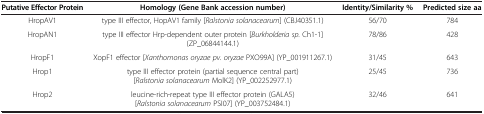
<table><thead><tr><td><b>Putative Effector Protein</b></td><td><b>Homology (Gene Bank accession number)</b></td><td><b>Identity/Similarity %</b></td><td><b>Predicted size aa</b></td></tr></thead><tbody><tr><td>HropAV1</td><td>type III effector, HopAV1 family [<i>Ralstonia solanacearum</i>] (CBJ40351.1)</td><td>56/70</td><td>784</td></tr><tr><td>HropAN1</td><td>type III effector Hrp-dependent outer protein [<i>Burkholderia sp.</i> Ch1-1] (ZP_06844144.1)</td><td>78/86</td><td>428</td></tr><tr><td>HropF1</td><td>XopF1 effector [<i>Xanthomonas oryzae pv. oryzae</i> PXO99A] (YP_001911267.1)</td><td>31/45</td><td>643</td></tr><tr><td>Hrop1</td><td>type III effector protein (partial sequence central part) [<i>Ralstonia solanacearum</i> MolK2] (YP_002252977.1)</td><td>25/45</td><td>736</td></tr><tr><td>Hrop2</td><td>leucine-rich-repeat type III effector protein (GALA5) [<i>Ralstonia solanacearum</i> PSI07] (YP_003752484.1)</td><td>32/46</td><td>641</td></tr></tbody></table>